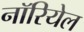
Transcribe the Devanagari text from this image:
नॉरियेल